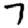
Digit: 7